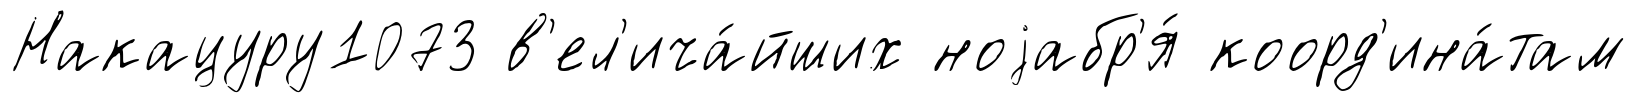
Накацуру1073 в'ел'ича́йших ноjабр'я́ коорд'ина́там